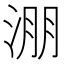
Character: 淜